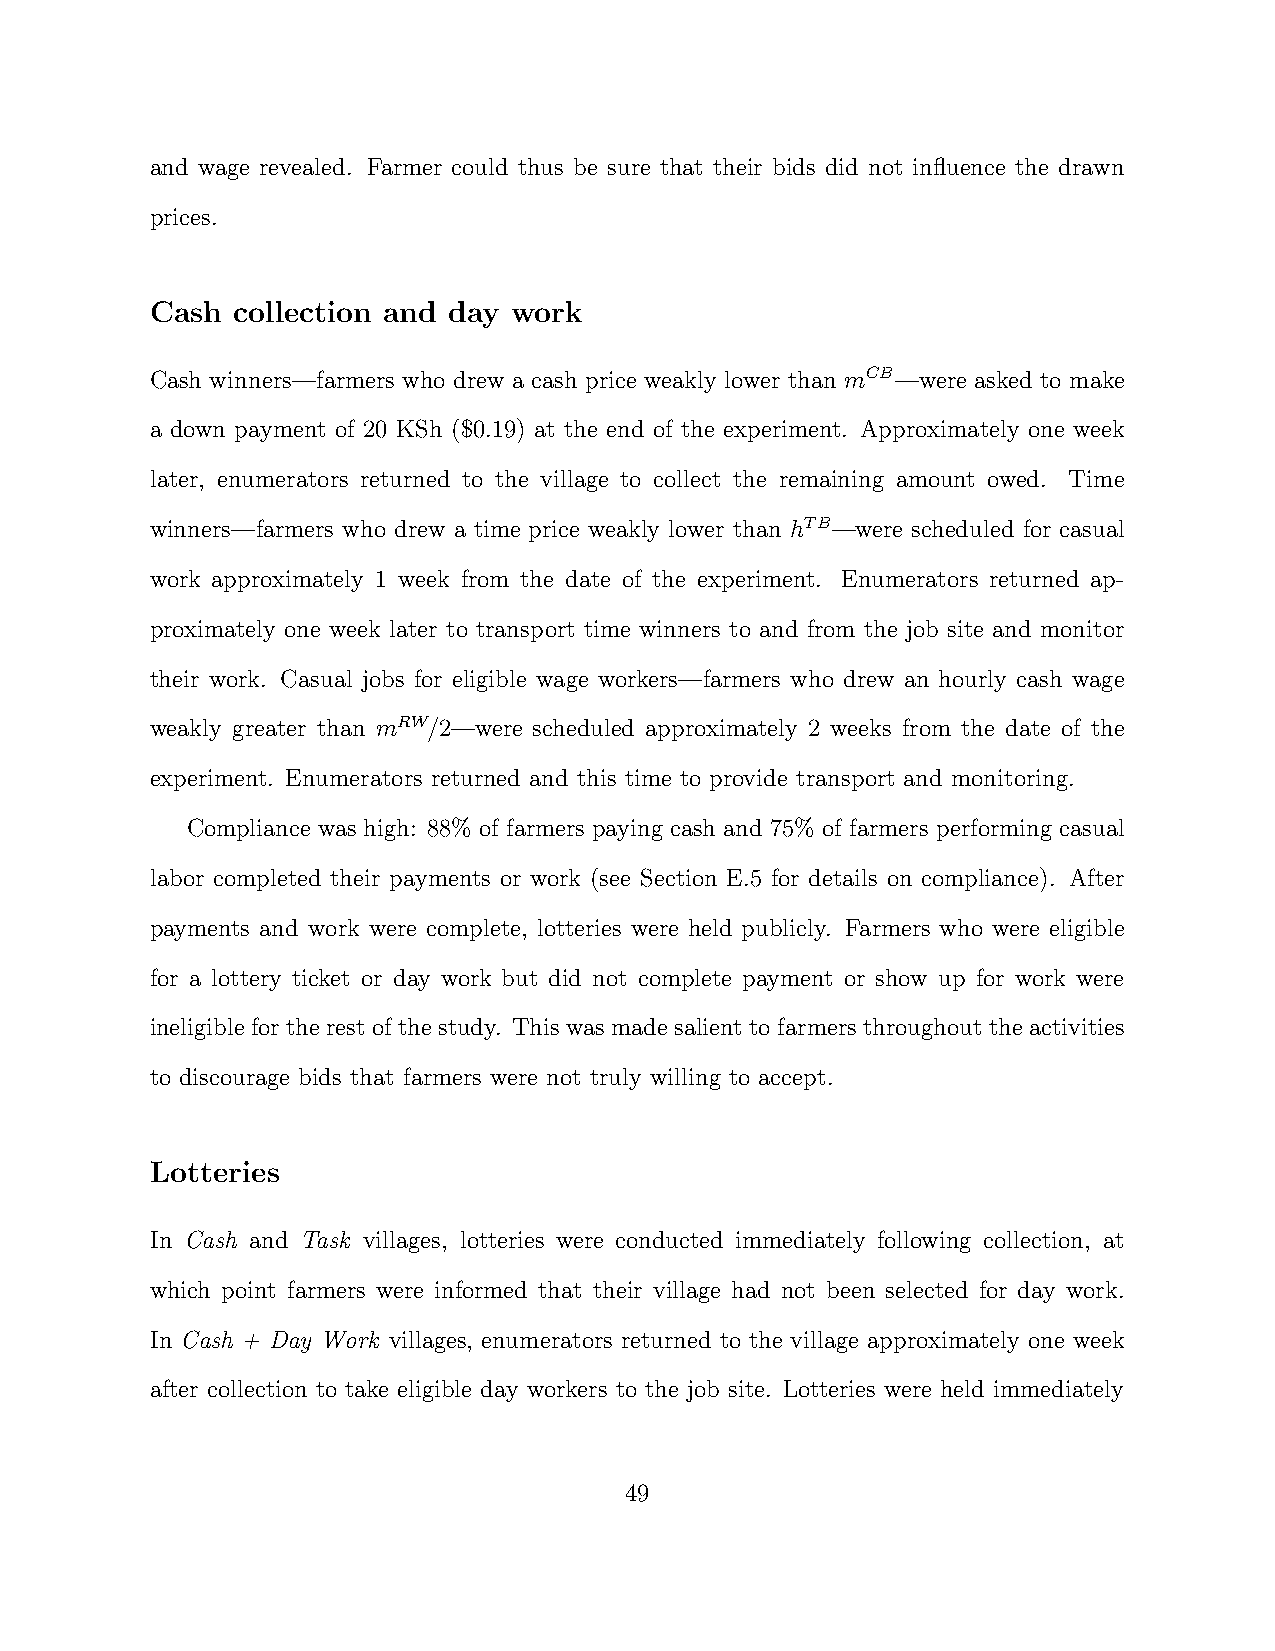
and wage revealed. Farmer could thus be sure that their bids did not influence the drawn
 prices.
 Cash collection and day work
 Cash winners—farmers who drew a cash price weakly lower than mCB—were asked to make
 a down payment of 20 KSh ($0.19) at the end of the experiment. Approximately one week
 later, enumerators returned to the village to collect the remaining amount owed. Time
 winners—farmers who drew a time price weakly lower than hTB—were scheduled for casual
 work approximately 1 week from the date of the experiment. Enumerators returned ap-
 proximately one week later to transport time winners to and from the job site and monitor
 their work. Casual jobs for eligible wage workers—farmers who drew an hourly cash wage
 weakly greater than mRW/2—were scheduled approximately 2 weeks from the date of the
 experiment. Enumerators returned and this time to provide transport and monitoring.
 Compliance was high: 88% of farmers paying cash and 75% of farmers performing casual
 labor completed their payments or work (see Section E.5 for details on compliance). After
 payments and work were complete, lotteries were held publicly. Farmers who were eligible
 for a lottery ticket or day work but did not complete payment or show up for work were
 ineligible for the rest of the study. This was made salient to farmers throughout the activities
 to discourage bids that farmers were not truly willing to accept.
 Lotteries
 In Cash and Task villages, lotteries were conducted immediately following collection, at
 which point farmers were informed that their village had not been selected for day work.
 In Cash + Day Work villages, enumerators returned to the village approximately one week
 after collection to take eligible day workers to the job site. Lotteries were held immediately
 49